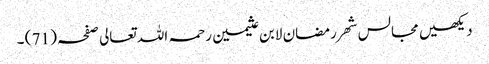
دیکھیں مجالس شھر رمضان لابن عثیمین رحمہ اللہ تعالی صفحہ ( 71 ) ۔